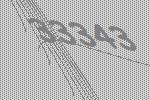
33343